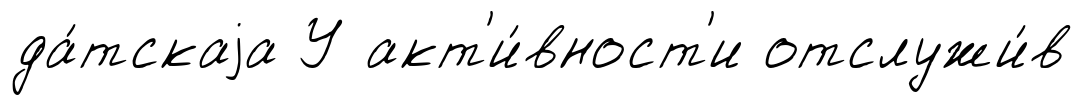
да́тскаjа У акт'и́вност'и отслужи́в